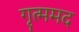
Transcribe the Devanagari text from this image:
गृत्ममद